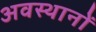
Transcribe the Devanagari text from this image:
अवस्थानों